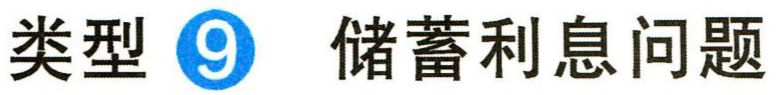
类型\textcircled{9} 储蓄利息问题